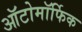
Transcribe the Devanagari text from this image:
ऑटोमॉर्फिक